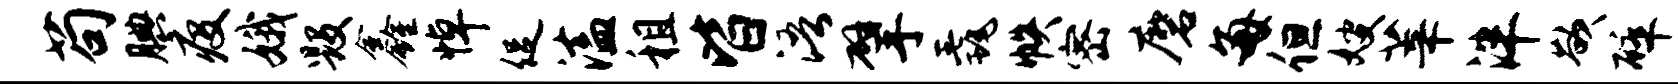
苟腆疫娥毁鑫悼促溘租皆浯擘毳帙密磨每但嫂莘泮欲碎